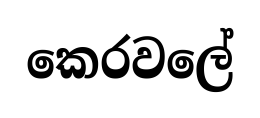
කෙරවලේ